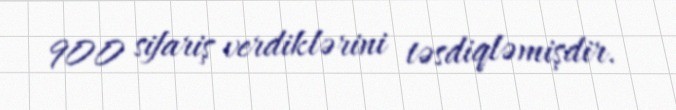
900 sifariş verdiklərini təsdiqləmişdir.